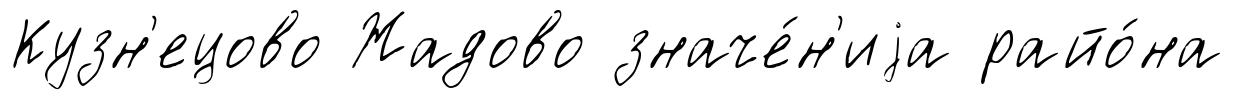
Кузн'ецово Жадово значе́н'иjа райо́на